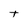
Character: T